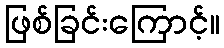
ဖြစ်ခြင်းကြောင့်။